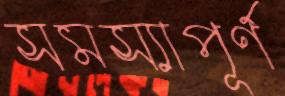
সমস্যাপূর্ণ